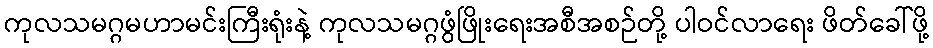
ကုလသမဂ္ဂမဟာမင်းကြီးရုံးနဲ့ ကုလသမဂ္ဂဖွံဖြိုးရေးအစီအစဉ်တို့ ပါဝင်လာရေး ဖိတ်ခေါ်ဖို့